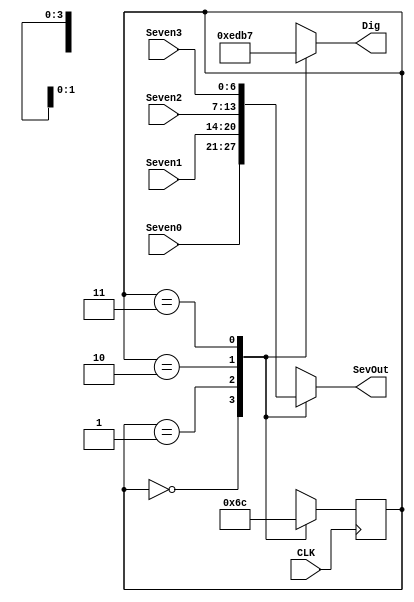
module sevenSeg(CLK, Seven0, Seven1, Seven2, Seven3, SevOut, Dig);
	input CLK;
	input [6:0] Seven0, Seven1, Seven2, Seven3;
	output reg [6:0] SevOut;
	output reg [3:0] Dig;
	reg [1:0] State, NextState;

	initial begin
		State <= 0;
	end

	always @* begin
		case (State)
			0: begin
				SevOut <= Seven0;
				Dig <= 4'b1110;
				NextState <= 1;
			end
			1: begin
				SevOut <= Seven1;
				Dig <= 4'b1101;
				NextState <= 2;
			end
			2: begin
				SevOut <= Seven2;
				Dig <= 4'b1011;
				NextState <= 3;
			end
			3: begin
				SevOut <= Seven3;
				Dig <= 4'b0111;
				NextState <= 0;
			end
		endcase
	end

	always @(posedge CLK) begin
		State <= NextState;
	end
endmodule

module fourBCDSeven(D, Seven0, Seven1, Seven2, Seven3);
    input [15:0] D;
    output [7:1] Seven0, Seven1, Seven2, Seven3;
    wire [3:0] Dig0, Dig1, Dig2, Dig3;

    assign Dig0 = D[3:0];
    assign Dig1 = D[7:4];
    assign Dig2 = D[11:8];
    assign Dig3 = D[15:12];

    bcd_seven bcd0(Dig0, Seven0);
    bcd_seven bcd1(Dig1, Seven1);
    bcd_seven bcd2(Dig2, Seven2);
    bcd_seven bcd3(Dig3, Seven3);
endmodule

module bcd_seven(bcd, seven);
    input [3:0] bcd;
    output reg [7:1] seven;

    always @(bcd) begin
        case (bcd)
            4'b0000 : seven = 7'b1000000;
            4'b0001 : seven = 7'b1111001;
            4'b0010 : seven = 7'b0100100;
            4'b0011 : seven = 7'b0110000;
            4'b0100 : seven = 7'b0011001;
            4'b0101 : seven = 7'b0010010;
            4'b0110 : seven = 7'b0000010;
            4'b0111 : seven = 7'b1111000;
            4'b1000 : seven = 7'b0000000;
            4'b1001 : seven = 7'b0010000;
            default : seven = 7'b1111111;
        endcase
    end
endmodule